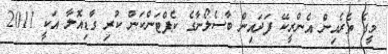
މީގެ ތެރެއިން އެންރީކޭ ފަދައިން ބާސެލޯނާގެ ކެޕްޓަންކަން ކުރި ގާޑިއޮލާ އަކީ 2011